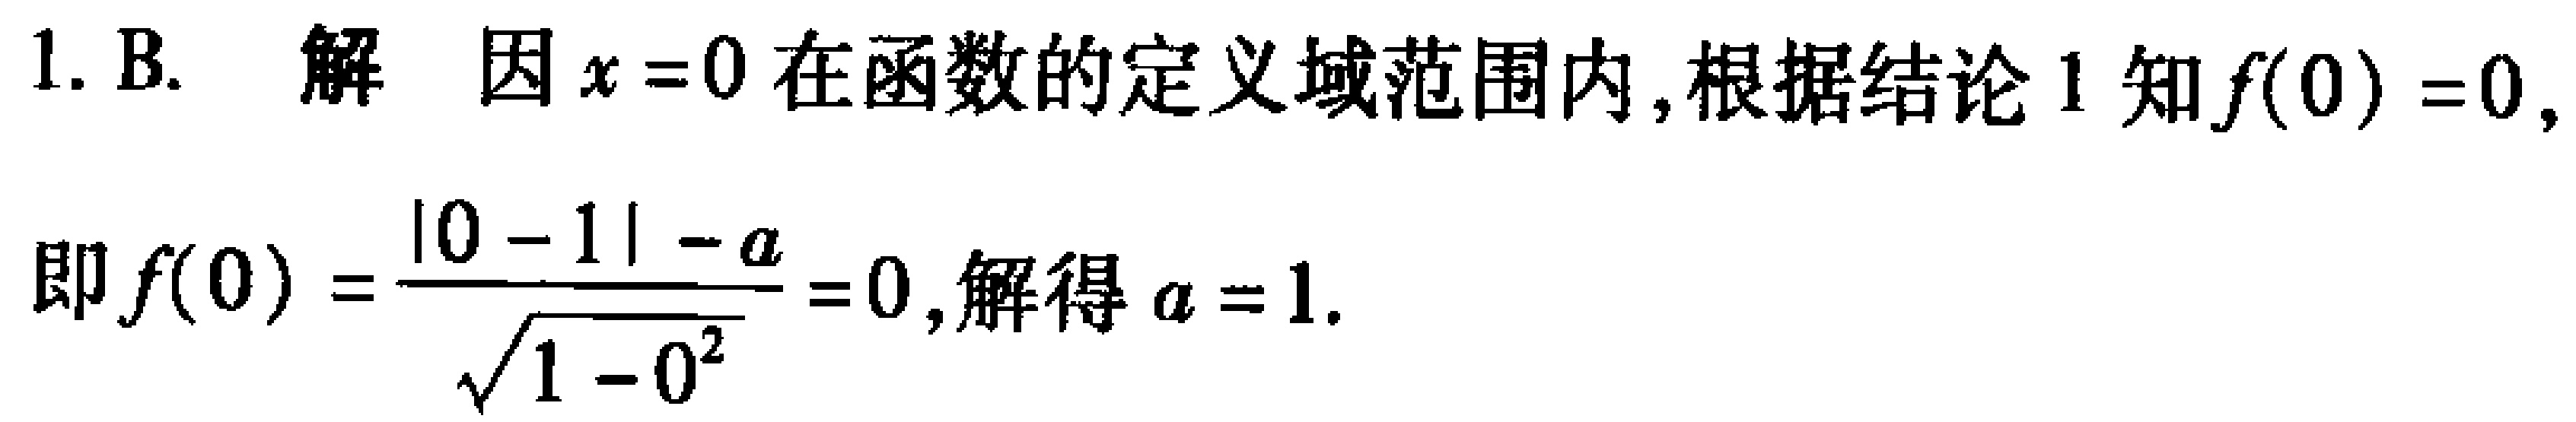
1. B. 解 因\(x = 0\)在函数的定义域范围内,根据结论 1 知\(f(0)=0\),

即\(f(0)=\frac{|0 - 1|-a}{\sqrt{1 - 0^{2}}}=0\),解得\(a = 1\).